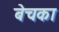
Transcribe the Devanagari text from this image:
बेचका